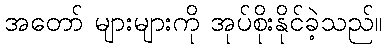
အတော် များများကို အုပ်စိုးနိုင်ခဲ့သည်။